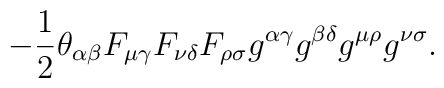
- \frac12\theta_{\alpha\beta}F_{\mu \gamma}F_{\nu \delta}F_{\rho \sigma}g^{\alpha\gamma}g^{\beta\delta}g^{\mu\rho}g^{\nu\sigma} .